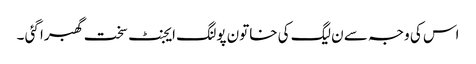
اس کی وجہ سے ن لیگ کی خاتون پولنگ ایجنٹ سخت گھبرا گئی ۔